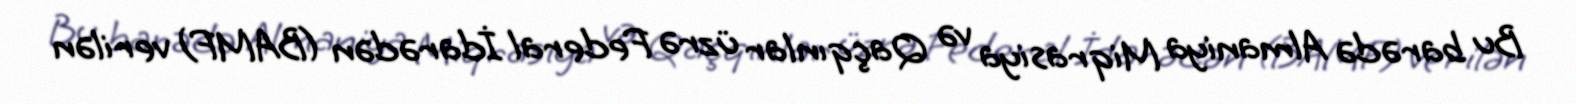
Bu barədə Almaniya Miqrasiya və Qaçqınlar üzrə Federal İdarədən (BAMF) verilən